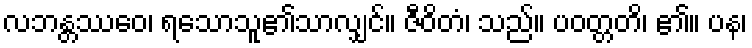
လဘန္တဿေဝ၊ ရသောသူ၏သာလျှင်။ ဇီဝိတံ၊ သည်။ ပဝတ္တတိ၊ ၏။ ပန၊